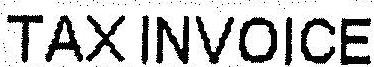
TAX INVOICE